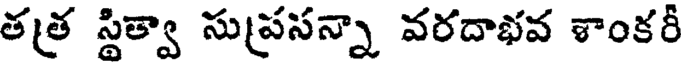
తత్ర స్థిత్వా సుప్రసన్నా వరదాభవ శాంకరీ